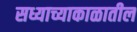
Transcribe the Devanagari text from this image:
सध्याच्याकाळातील